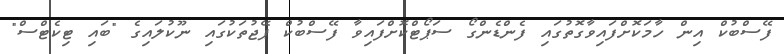
ފޭސްބުކް އިން ހާމަކޮށްފައިވާގޮތުގައި ފެންޑެންގޯ ސަޕޯޓްކޮށްފައިވާ ފޭސްބުކް ޕޭޖުތަކުގައި ނޫކުލައިގެ "ބައި ޓިކެޓްސް"